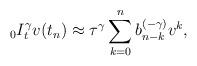
LaTeX: \begin{align*} _0I_t^\gamma v(t_n) \approx \tau^\gamma\sum_{k=0}^nb_{n-k}^{(-\gamma)}v^k,\end{align*}